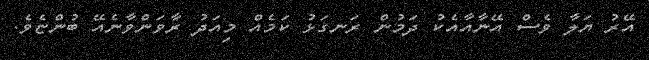
އޭރު ޔަލާ ވެސް އޭނާއާއެކު ދަމުން ރަނގަޅު ކަމެއް މިއަދު ރާވަންވާނެއޭ ބުންޏެވެ.